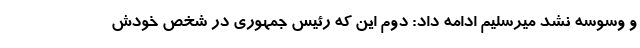
و وسوسه نشد میرسلیم ادامه داد: دوم این که رئیس جمهوری در شخص خودش